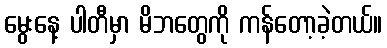
မွေးနေ့ ပါတီမှာ မိဘတွေကို ကန်တော့ခဲ့တယ်။